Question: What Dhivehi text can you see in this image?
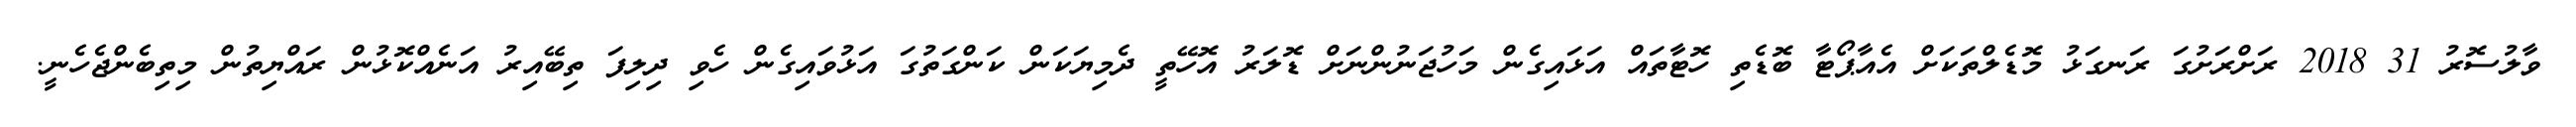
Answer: ވާލުސޮރު 31 2018 ރަށްރަށުގަ ރަނގަޅު މޮޑެލްތަކަށް އެއާޕޯޓާ ބޮޑެތި ހޮޓާތައް އަޅައިގެން މަހުޖަނުންނަށް ޑޮލަރު އޮހޭތީ ދެމިޔަކަން ކަންގަތުގަ އަޅުވައިގެން ހެވި ދިލިފަ ތިބޭއިރު އަނެއްކޮޅުން ރައްޔިތުން މިތިބެންޖެހެނީ.